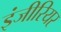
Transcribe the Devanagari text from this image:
इंजीरियर